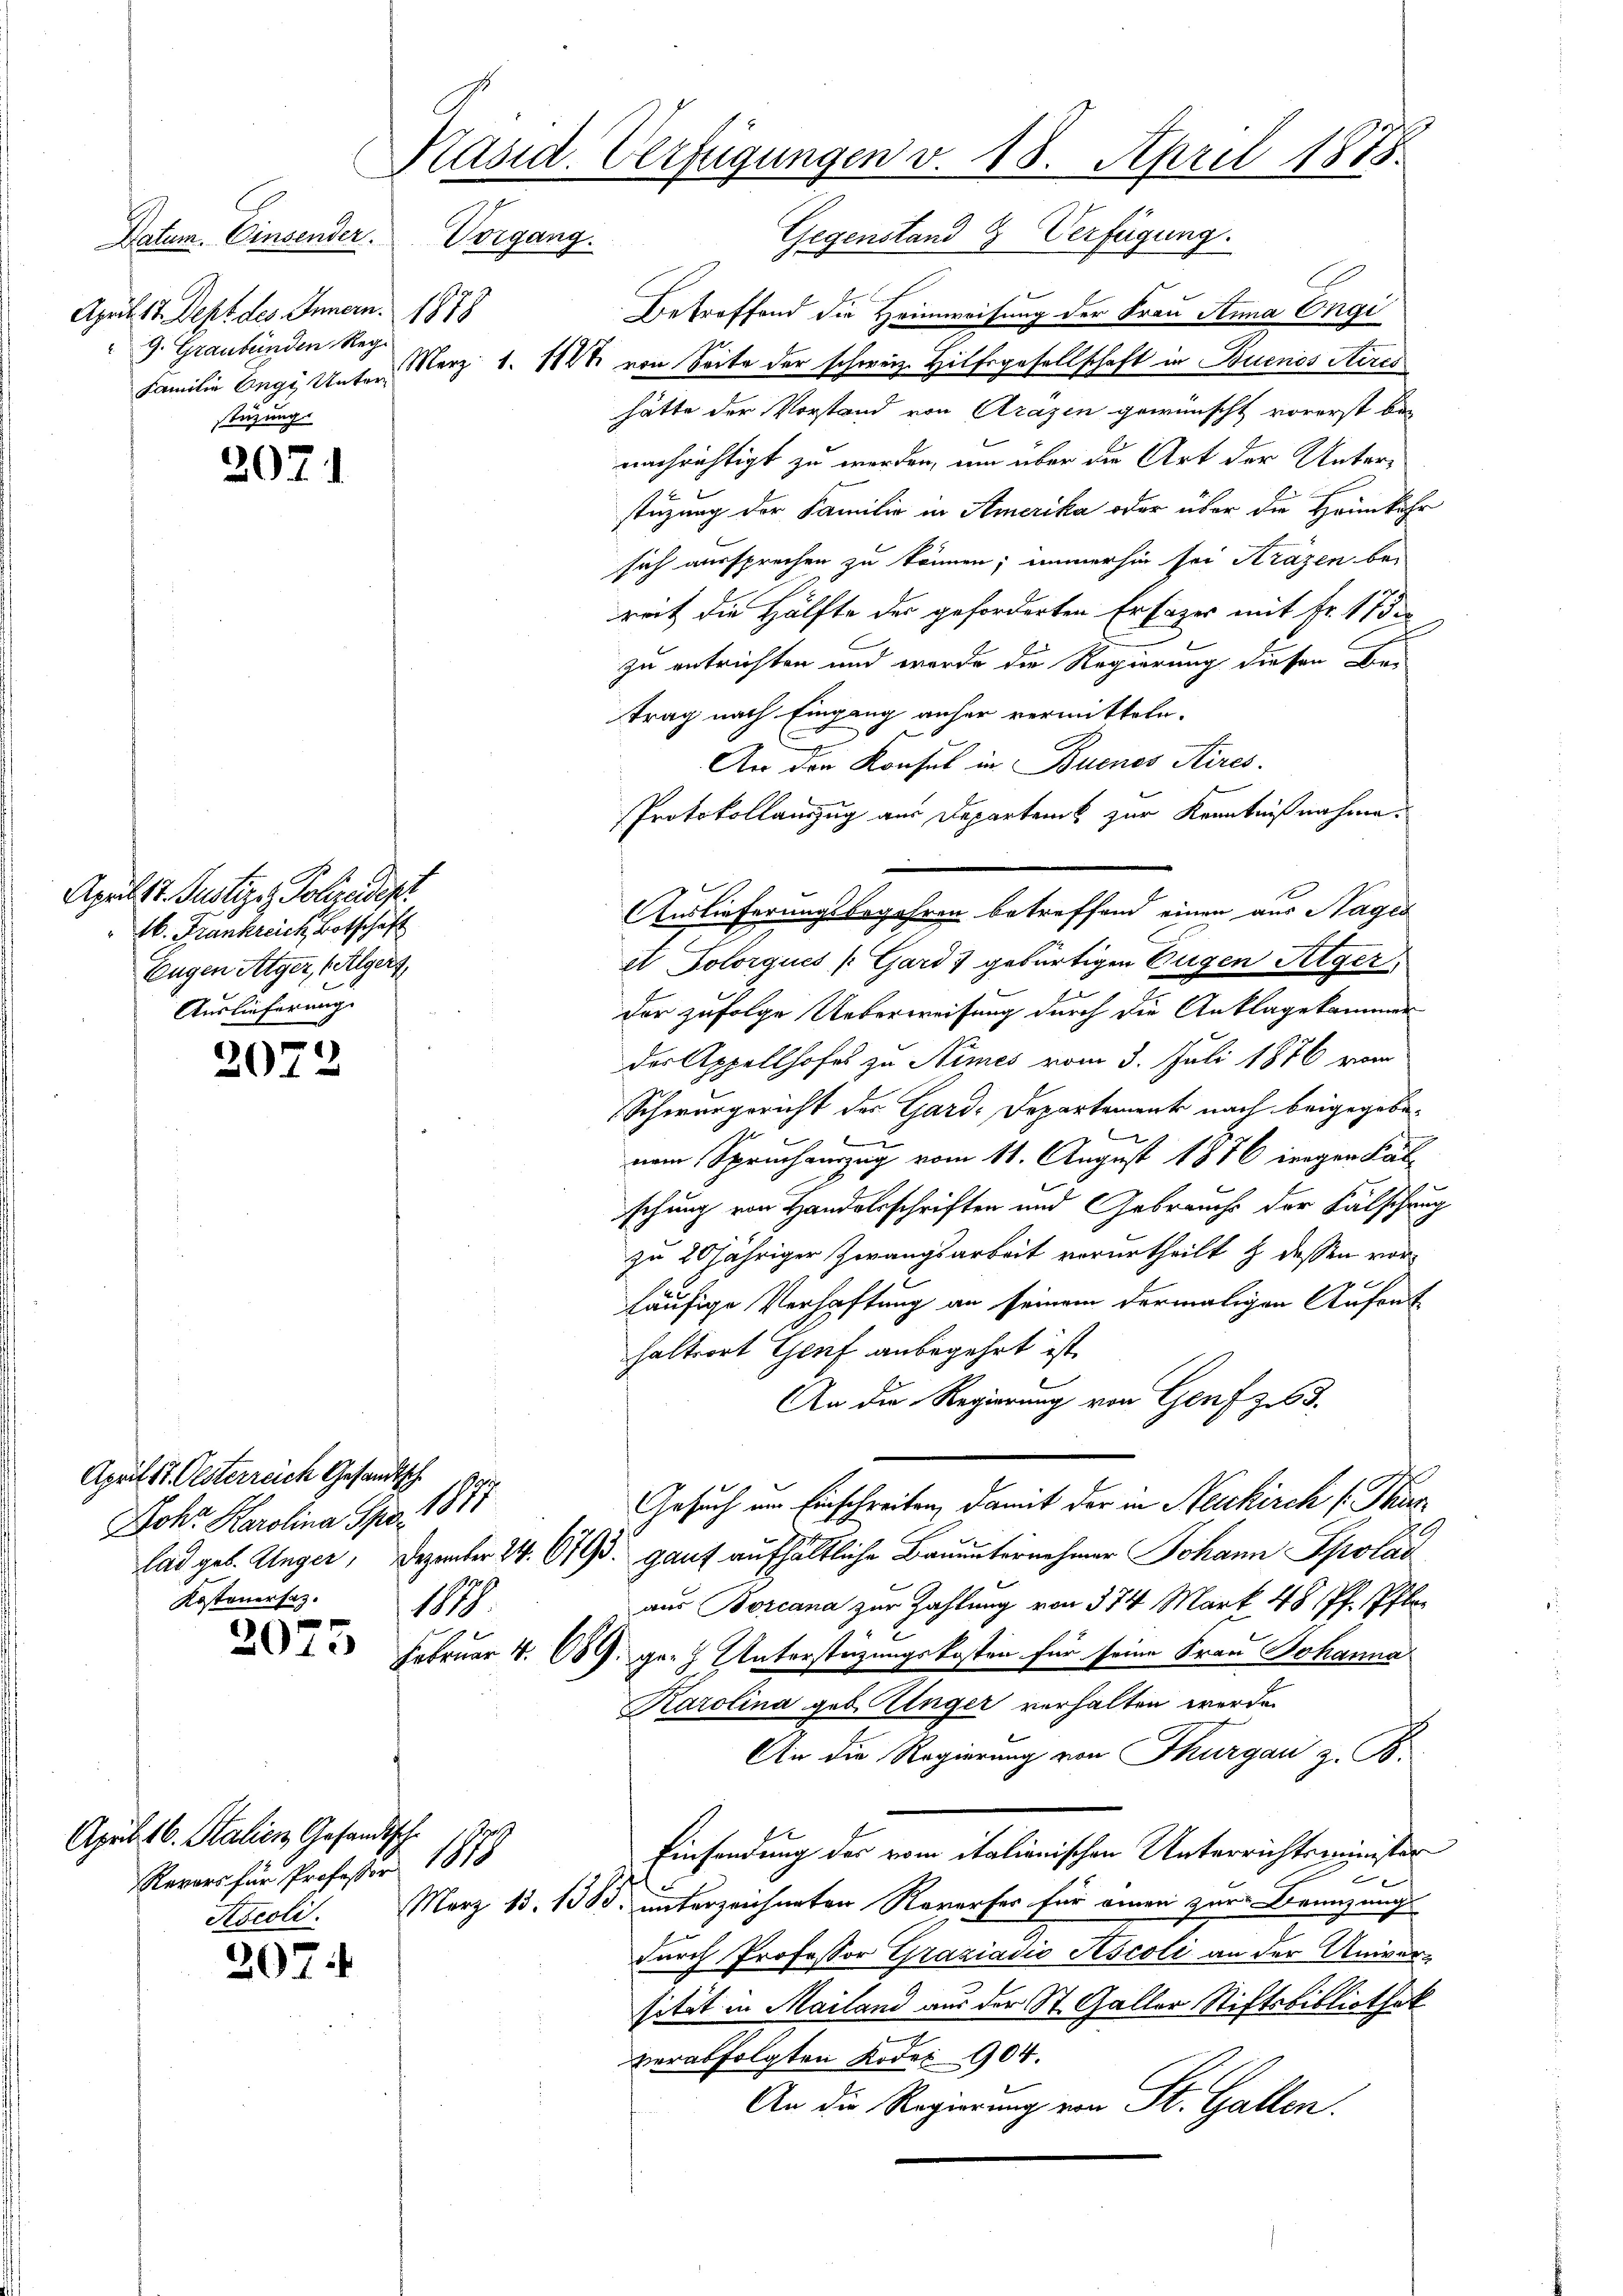
Vorgang.
Datum. Einsender.
April 17. Dept. des Innern. 1878
" J. Graubünden Reg.
stüzung.

2071

April 17. Justizez Polizeidest
26. Frankreich Botschaft
Eugen Alger, (Algert,
Auslieferung.

2072

207.

Präsid. Verfügungen v. 18. April 1878.

April 17. Oesterreich Gesandtsche
Johr Karolina Spr. 1881
Kosteuersatz.
18

April 16. Stalien Gesandtsche
Revars für Professor 1818

Gegenstand 2 Verfügung.
Betreffend die Heimweisung der Frau Anna Engi
Familie Engi, Unter Merz 1. 1848 von Seite der schweiz. Hilfsgesellschaft in Buenos Aires
hätte der Vorstand von Arazen gewünscht vorerst bei
nachrichtigt zu werden, um über die Art der Unterstüzung der Familie in Amerika oder über die Heimkehr
sich aussprechen zu können; immerhin sei Kräzen bereit die Hälfte der geforderten Erfazer mit Fr. 17 de
zu entrichten und werde die Regierung diesen Betrag nach Eingang anher vermitteln.
.
An den Konsul in Buenos Aires.
Protokollauszug aus Departent zur Kenntnißnahme.
et Polorques (Gard 7 gebürtigen Eugen Aeger
u
der zufolge Ueberweisung durch die Anklagekammer
der Appellhofes zu Nimes vom 3. Juli 1876 vom
Schwurgericht der Gard. Departement nach beigegebe¬
3
nem Spruchauszug vom 11. August 1876 inigen Fäl-
schung von Handelsschriften und Gebrauch der Fälschung
zu 20 jähriger Zwangsarbeit verurtheilt & dessen vorläufige Verhaftung an seinem dermaligen Aufent
haltsort Genf anbegehrt ist.
An die Regierung von Genf z 63.
Gesuch im Einschreiben, damit der in Neukirch s. Thur
lad geb. Unger, Dezember 24. 6793. ganz aufhältliche Bauunternehmer Johann Spolai
aus Borcana zur Zahlung von 374 Mark 48 Pf. Pfle¬
 Februar 4. 689. ganz Unterstüzungskosten für seine Frau Johanna
Karolina geb. Unger verhalten werde.
An die Regierung von Thurgau z. B.
Einsendung der vom italienischen Unterrichtsminister
u
Ascoli. März 13. 138. unterzeichneten Roverfer für einen zur Branzungs
durch Professor Graziadio Sscoli an der Univer-
sität in Mailand aus der St. Galler Stiftsbibliothek
verabfolgten Rodes 904.
An die Regierung von St. Gallen.

Auslieferungsbegehren betreffend einen aus Hages